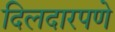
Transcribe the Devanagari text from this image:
दिलदारपणे